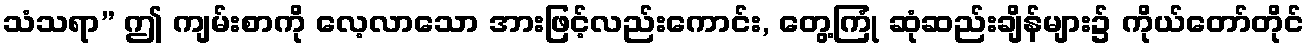
သံသရာ” ဤ ကျမ်းစာကို လေ့လာသော အားဖြင့်လည်းကောင်း, တွေ့ကြုံ ဆုံဆည်းချိန်များ၌ ကိုယ်တော်တိုင်